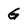
Character: G